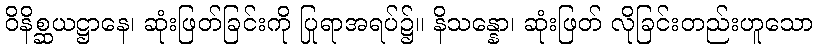
ဝိနိစ္ဆယဋ္ဌာနေ၊ ဆုံးဖြတ်ခြင်းကို ပြုရာအရပ်၌။ နိသန္နော၊ ဆုံးဖြတ် လိုခြင်းတည်းဟူသော